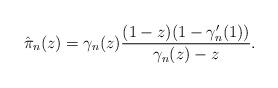
LaTeX: \begin{align*}\hat{\pi}_n(z)=\gamma_n(z)\frac{(1-z)(1-\gamma_n'(1))}{\gamma_n(z)-z}.\end{align*}